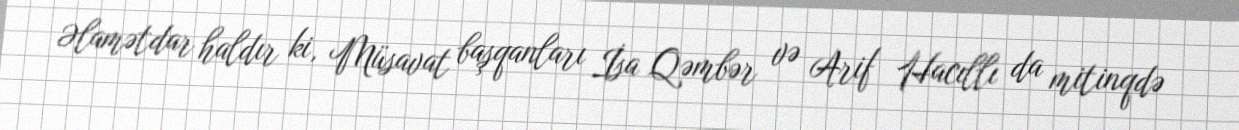
Əlamətdar haldır ki, Müsavat başqanları İsa Qəmbər və Arif Hacıllı da mitinqdə